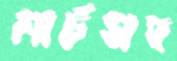
মার্চসহ